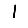
Digit: 1